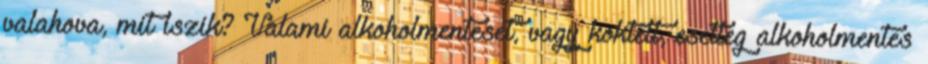
valahova, mit iszik? Valami alkoholmenteset, vagy koktélt, esetleg alkoholmentes